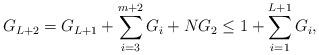
LaTeX: \begin{align*}G_{L+2} = G_{L+1} + \sum_{i=3}^{m+2}G_i + NG_2 \leq 1 + \sum_{i=1}^{L+1}G_i,\end{align*}